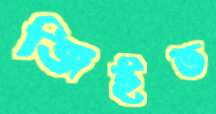
জিইভ